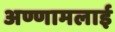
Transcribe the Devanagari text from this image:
अण्णामलाई